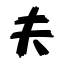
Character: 夫